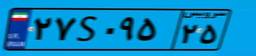
۲۷S۰۹۵۲۵